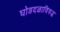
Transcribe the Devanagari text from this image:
घोडदळाविरुद्ध